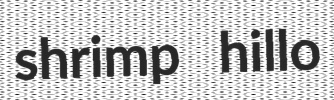
shrimp hillo